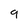
Character: 9